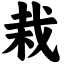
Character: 栽